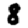
Digit: 8